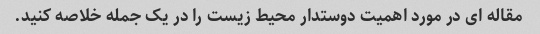
مقاله ای در مورد اهمیت دوستدار محیط زیست را در یک جمله خلاصه کنید.